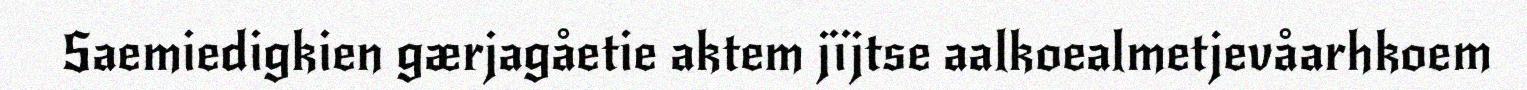
Saemiedigkien gærjagåetie aktem jïjtse aalkoealmetjevåarhkoem